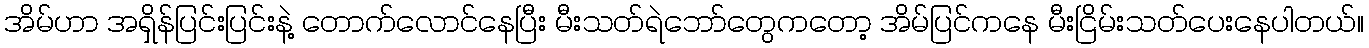
အိမ်ဟာ အရှိန်ပြင်းပြင်းနဲ့ တောက်လောင်နေပြီး မီးသတ်ရဲဘော်တွေကတော့ အိမ်ပြင်ကနေ မီးငြိမ်းသတ်ပေးနေပါတယ်။